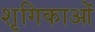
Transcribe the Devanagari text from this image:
शृगिकाओं